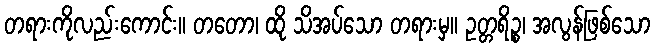
တရားကိုလည်းကောင်း။ တတော၊ ထို သိအပ်သော တရားမှ။ ဥတ္တရိဉ္စ၊ အလွန်ဖြစ်သော